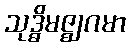
သုဒ္ဓိမဇ္ဈဂမာ